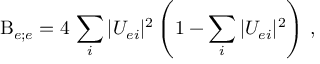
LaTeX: \mathrm { B } _ { e ; e } = 4 \, \sum _ { i } | U _ { e i } | ^ { 2 } \left( 1 - \sum _ { i } | U _ { e i } | ^ { 2 } \right) \, ,